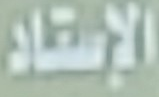
الاستاد